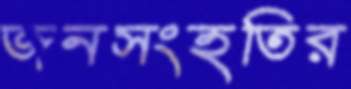
জনসংহতির